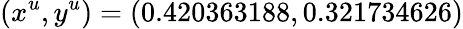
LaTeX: (x^{u},y^{u})=(0.420363188,0.321734626)